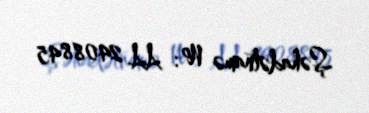
Şəhadətnamə №: AA 2408845